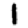
Digit: 1